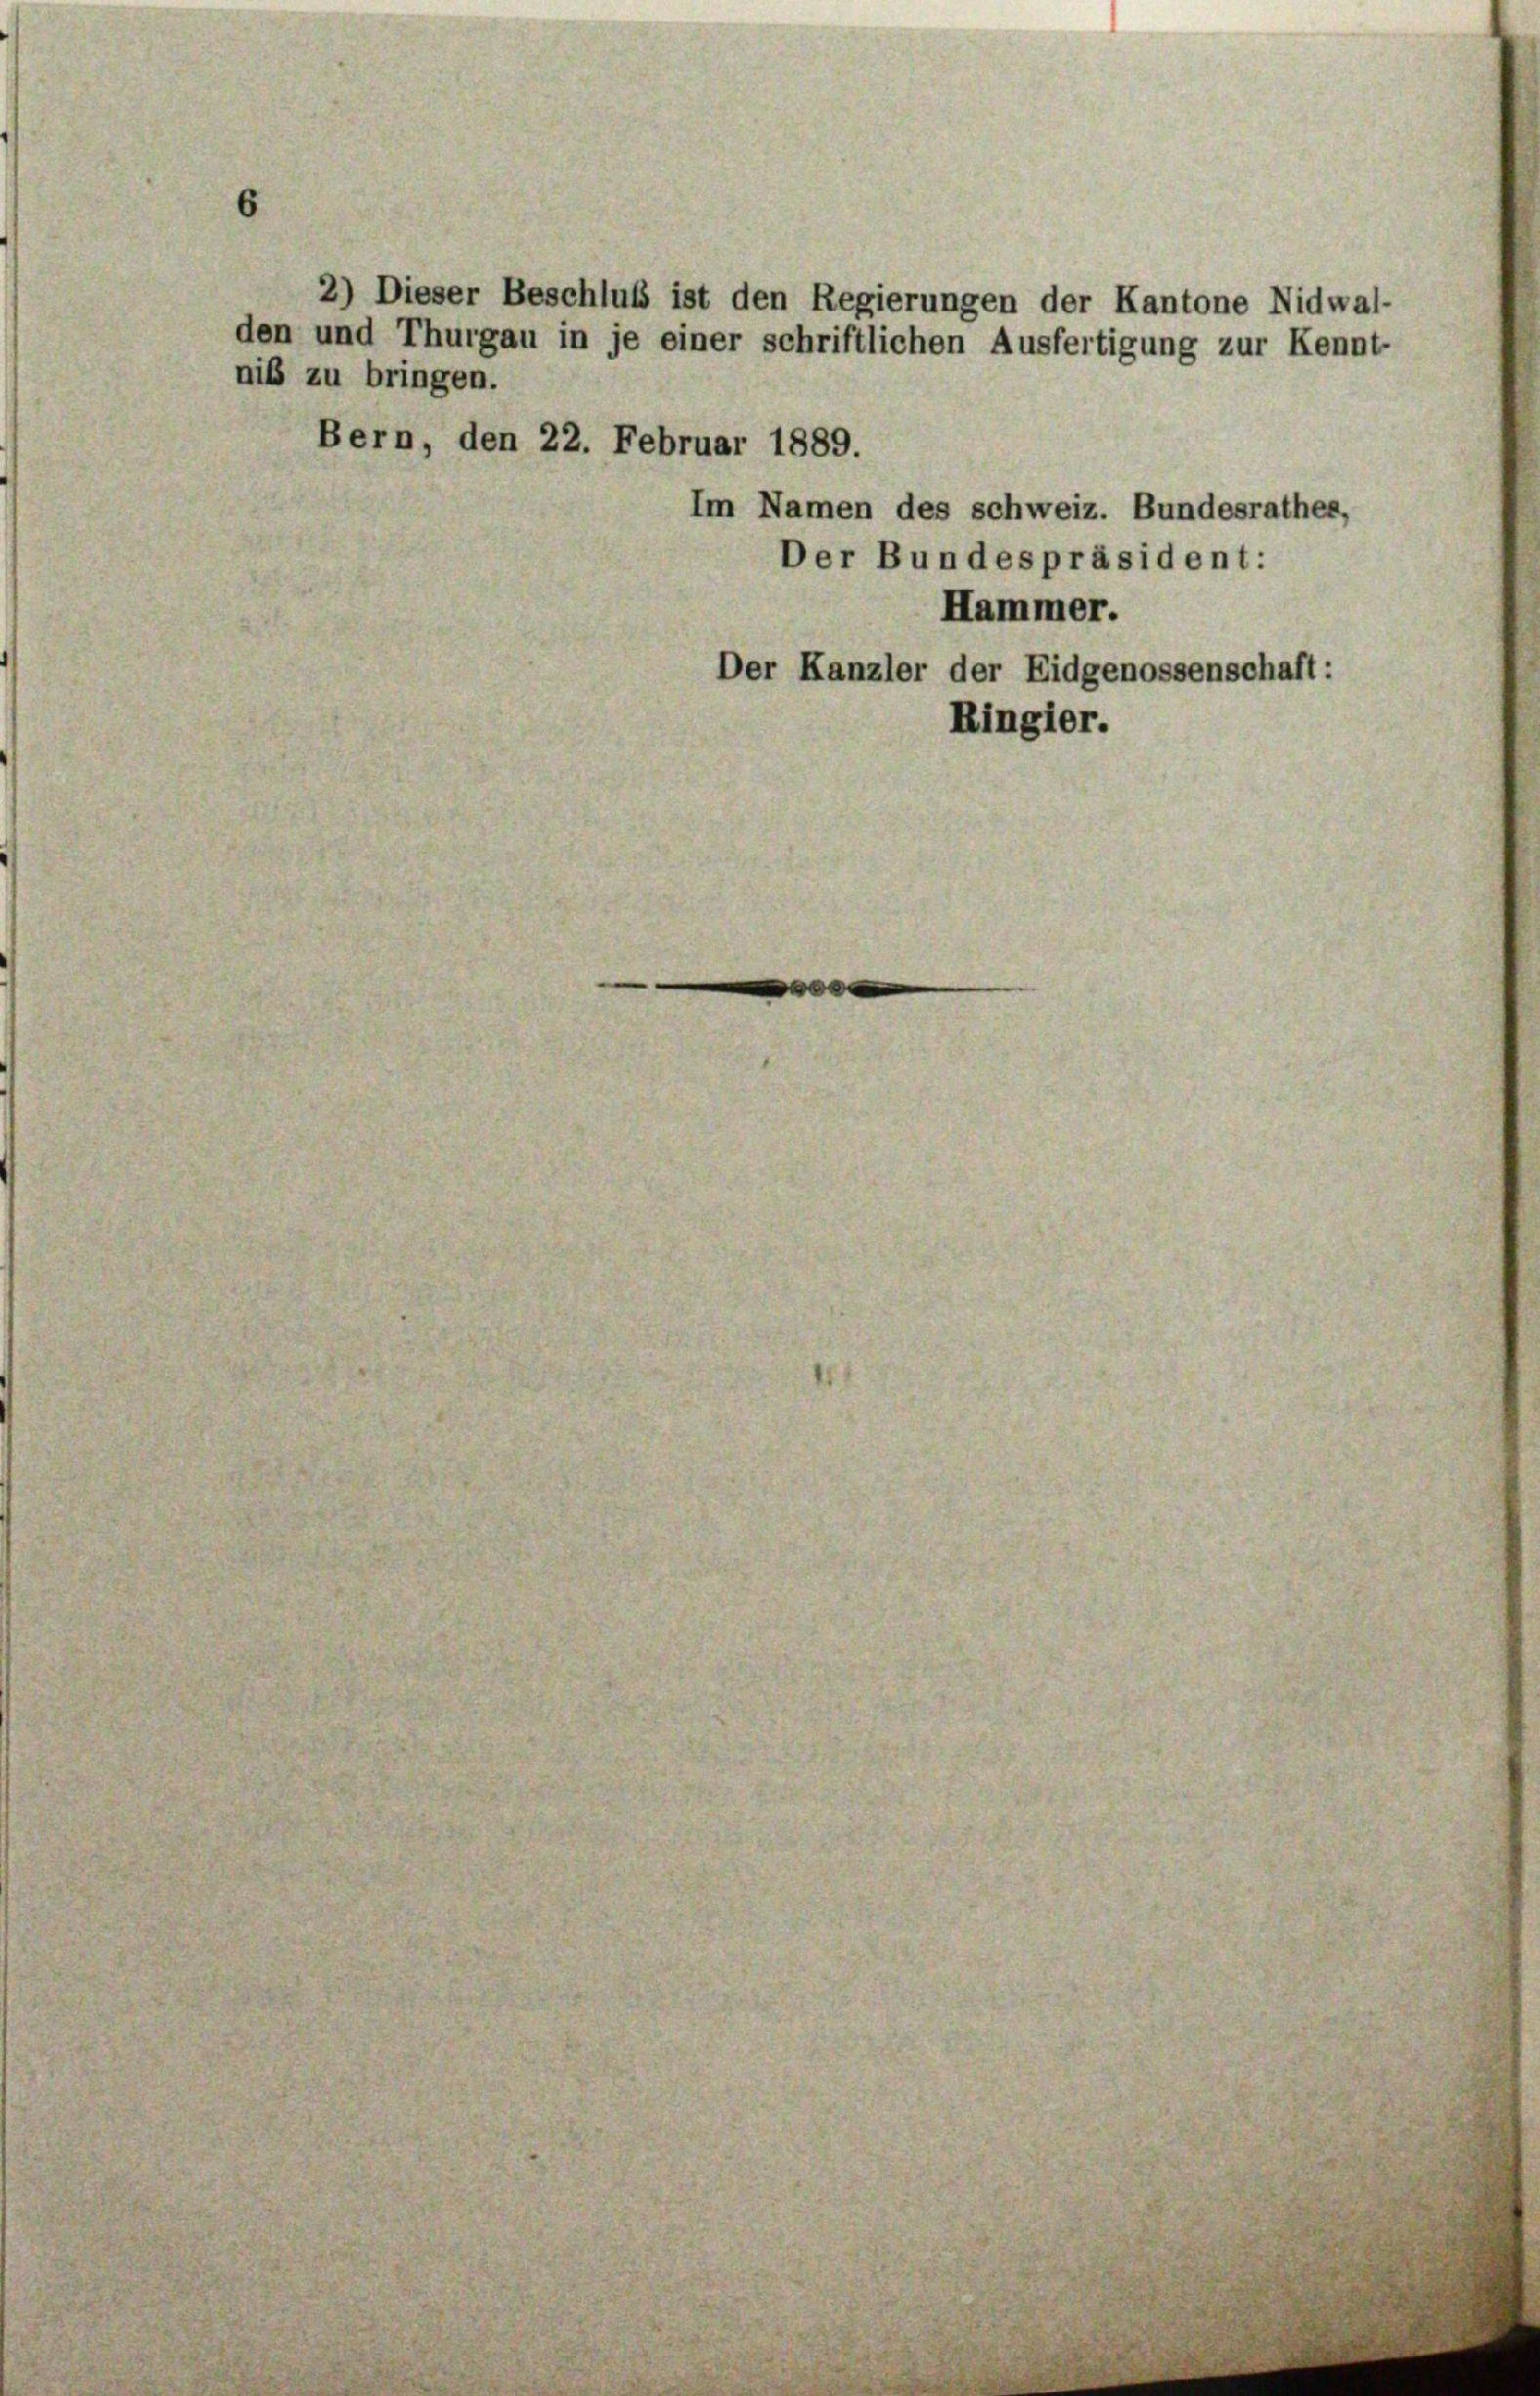
niß zu bringen.

Bern, den 22. Februar 1889.

2) Dieser Beschluß ist den Regierungen der Kantone Nidwal-
den und Thurgau in je einer schriftlichen Ausfertigung zur Kennt-

Im Namen des schweiz. Bundesrathes,
Der Bundespräsident:
Hammer.
Der Kanzler der Eidgenossenschaft:
Ringier.